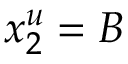
x _ { 2 } ^ { u } = B